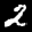
Label: 2